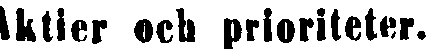
Aktier och prioriteter.